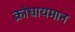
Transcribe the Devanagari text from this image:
क्रोधायमान